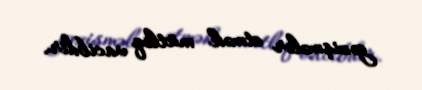
gəzişmələr etmək mütləq vacibdir.